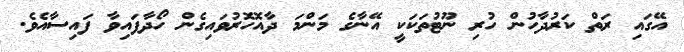
އޭގައި ރަތް ކަރުދާހުން ހުރި ނޫޓުތަކަކީ އޭނާގެ މަންމަ ދާއޮހޮރުވައިގެން ހޯދާފައިވާ ފައިސާއެވެ.